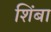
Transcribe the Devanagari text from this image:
शिंबा